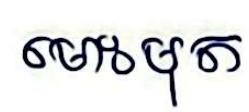
មោះមុត